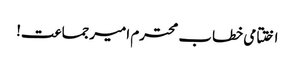
اختتامی خطاب محترم امیرجماعت!